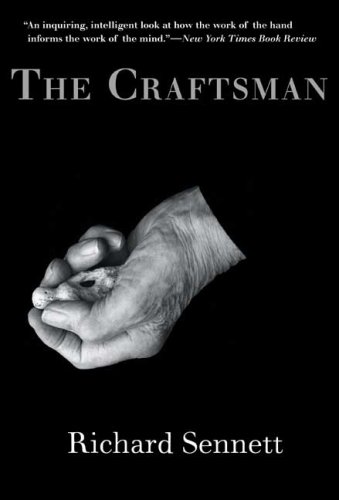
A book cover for The Craftsman; Richard Sennett; Politics & Social Sciences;